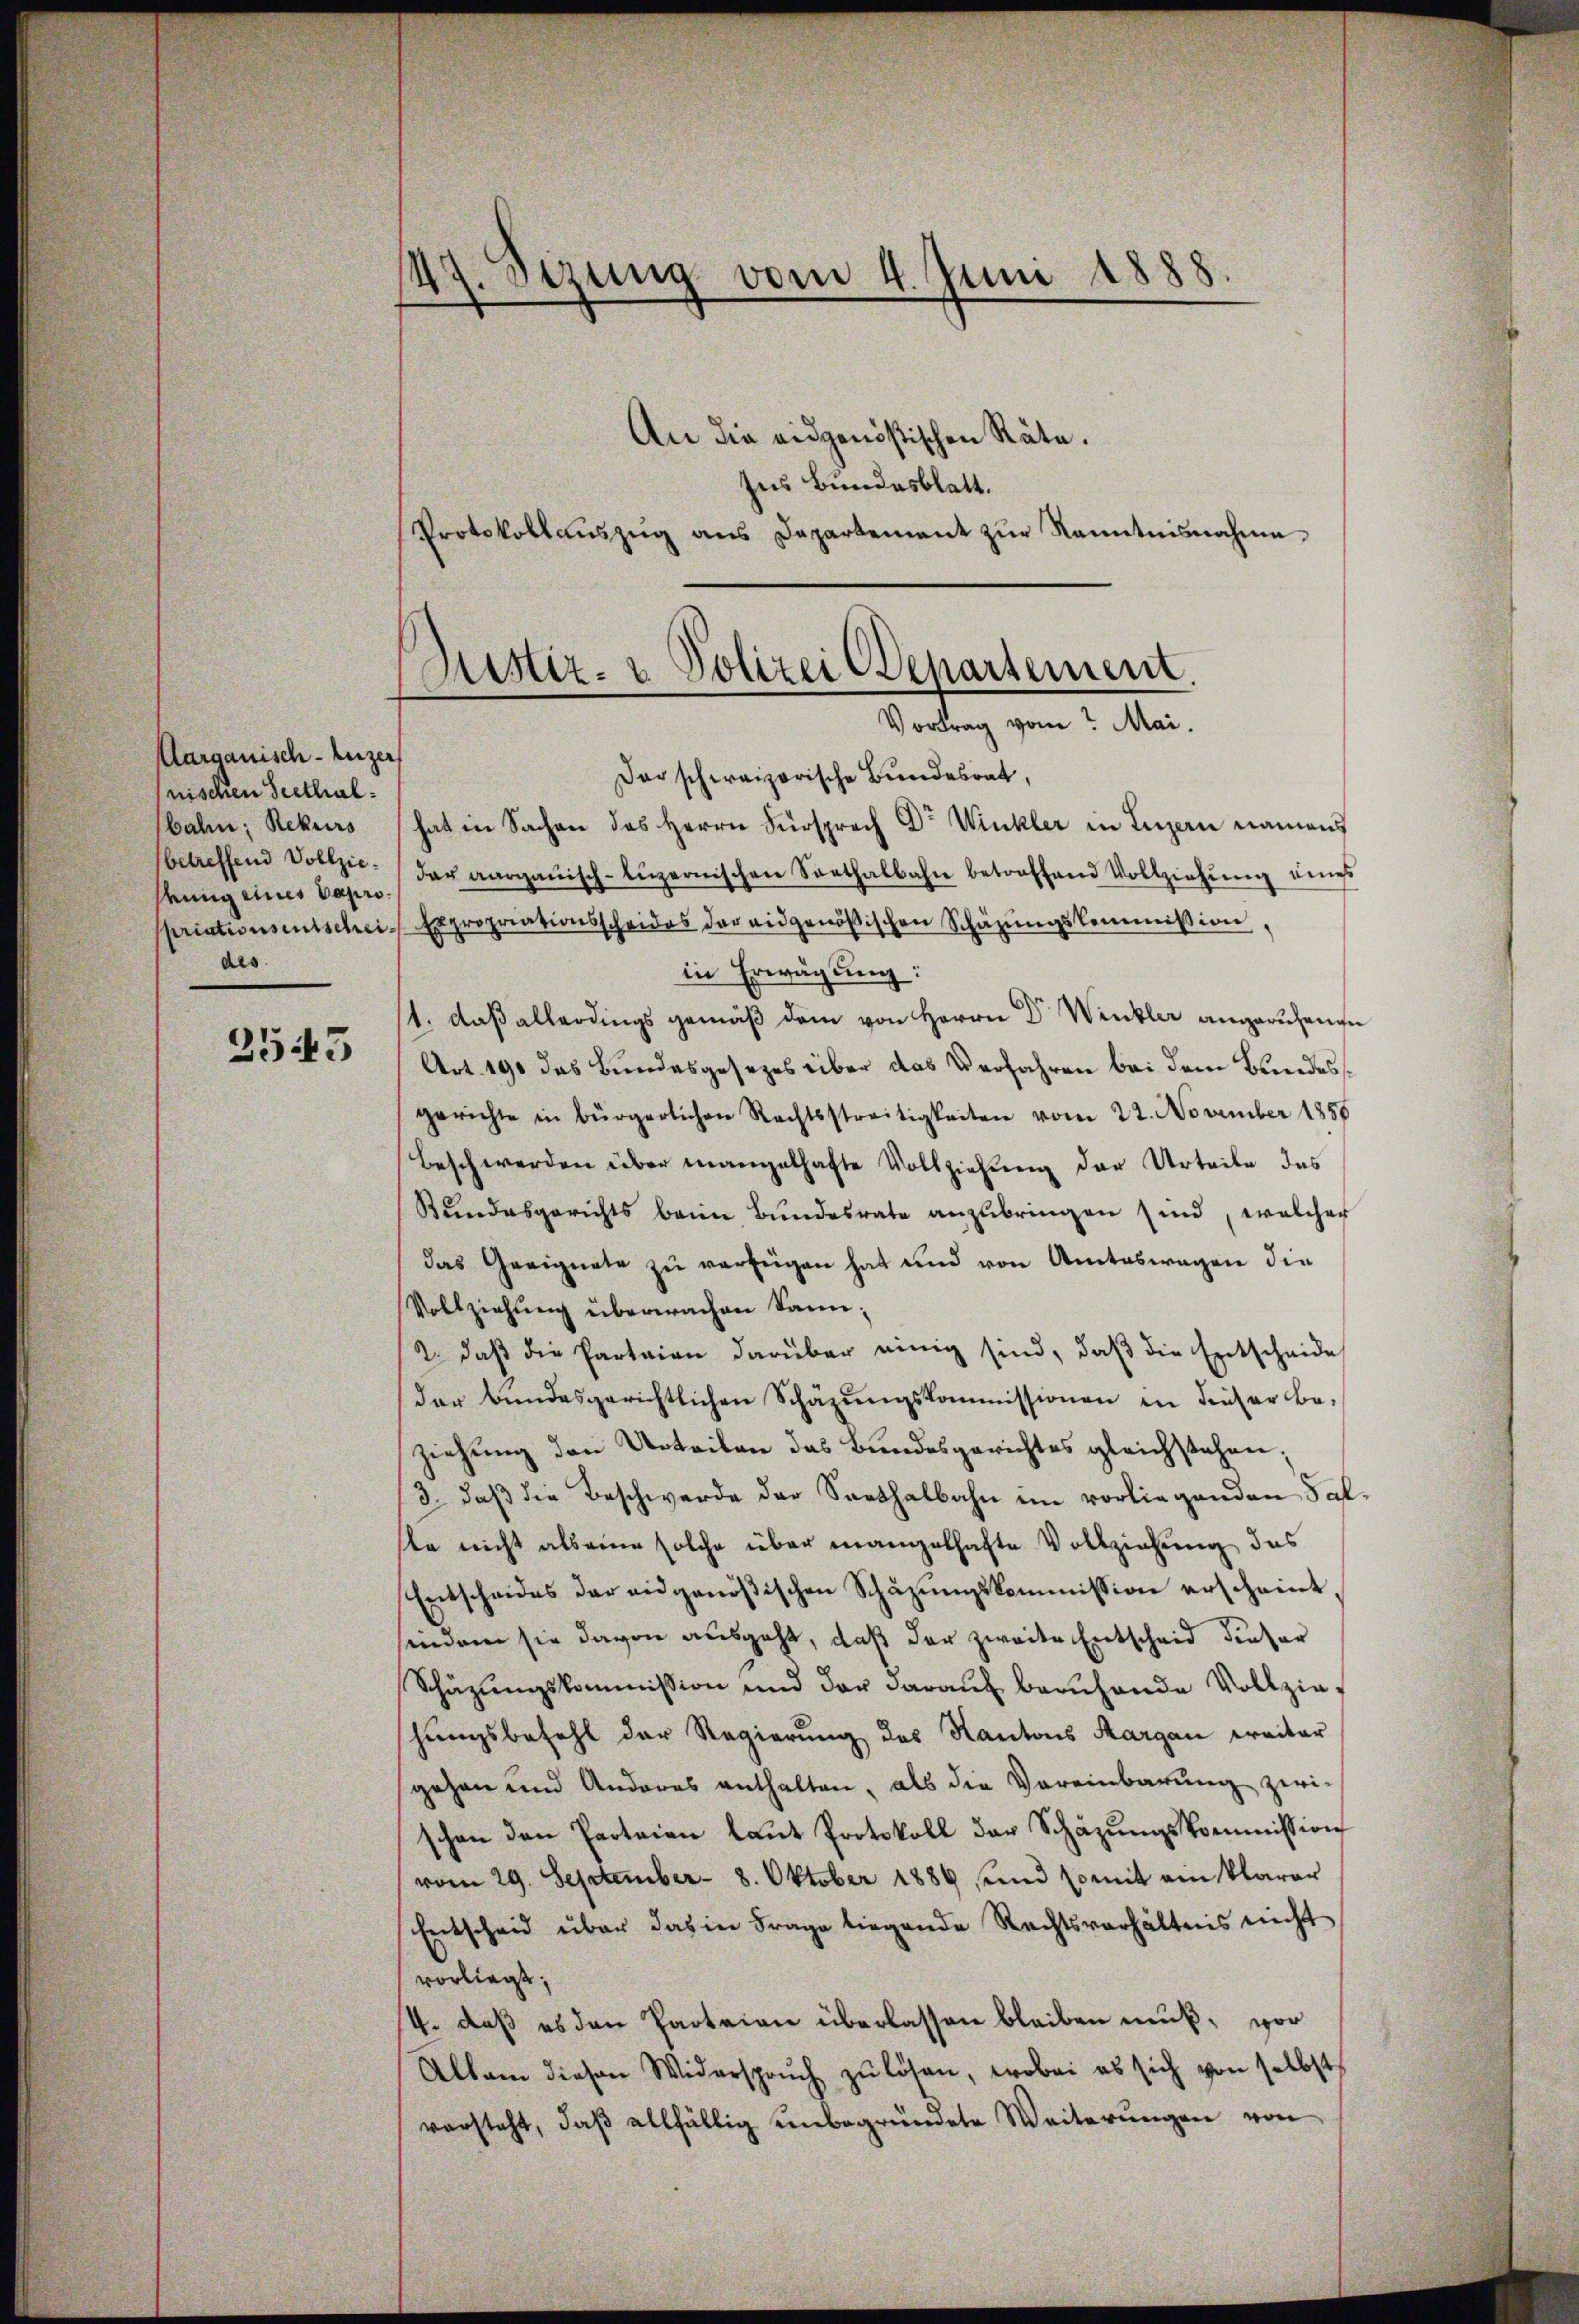
Aargauisch-Luzer
nischen Seethalbal; Rekurs
betreffend Vollzieseung eines Capropriationsentschei.
des

3545

47. Sezung vom 4. Juni 1888.
An die eidgenößischen Räte.
Ins Bundesblatt.

Protokollaŭszŭg ans Departement zŭr Kenntnisnahme

Justiz- & Polizei Departement.
Vortrag vom Mai.

Der schweizerische Bundesrat,
hat in Sachen das Herrn Fürsprach Dr Winkler in Luzern namens
der aargauisch-Lŭzernischen Seethalbahn betroffend Vollziehŭng eines
Expropriationsscheides der eidgenößischen Schäzŭngskommission,
in Erwägung:
1. daß allerdings gemäß dem von Herrn Dr Winkler angeruhenen
Art. 190 das Bundesgesezes über das Verfahren bei dem Bundesgerichte in bürgerlichen Rechtsstreitigkeiten vom 22. November 1858
Beschwerden über mangelhafte Vollziehung der Urteile des
Rŭndesgerichts beim Bundesrate anzubringen sind, welcher
das Geeignete zŭ verfügen hat und von Amteswegen die
Vollziehung überwachen kann,
2. daß die Parteien darüber einig sind, daß die Entscheide
der bundesgerichtlichen Schäzŭngskommissionen in dieser Be-
ziehung den Urteilen das Bundesgerichtes gleichstehen;
3. daβ die Beschwerde der Saathalbahn im vorliegenden Sal-
te nicht als eine solche über mangelhafte Vollziehung des
Entscheides der eidgenößischen Schazungskommission erscheint,
sindem sie davon ausgeht, daß der zweite Entscheid dieser
Schäzŭŭngskommission und der daraŭf beruhende Vollziehungsbefehl der Regierung des Kantons Aargau weiter
gehen und Anderes enthalten, als die Vereinbarung zei-
schen den Parteien laŭt Protokoll der Schäzŭngskommission
vom 29. September - 8. Oktober 1889 und somit ein klarar
Entscheid über das in Frage liegende Rechtsverhältnis nicht
vorliegt;
4. daß es den Parteien überlassen bleiben muß, vor
Allam diesen Widersprŭch zŭ lösen, wobei es sich von selbst
vorsteht, daβ allfällig unbegründete Weiterŭngen von